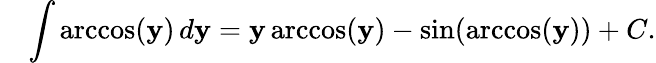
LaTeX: \quad\int\operatorname{arccos}(\mathbf{y})\, d\mathbf{y}=\mathbf{y}\operatorname{arccos}(\mathbf{y})-\sin(\operatorname{arccos}(\mathbf{y}))+C.